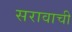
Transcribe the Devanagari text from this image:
सरावाची